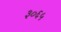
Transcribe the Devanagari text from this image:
३०६५